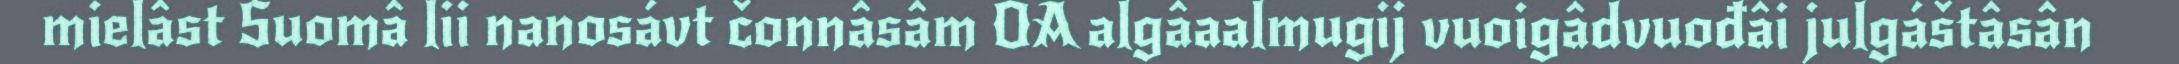
mielâst Suomâ lii nanosávt čonnâsâm OA algâaalmugij vuoigâdvuođâi julgáštâsân